Annual returns of the Patna Lunatic Asylum at Bankipore in Bihar and Orissa - 1912-1924
Year: 1912
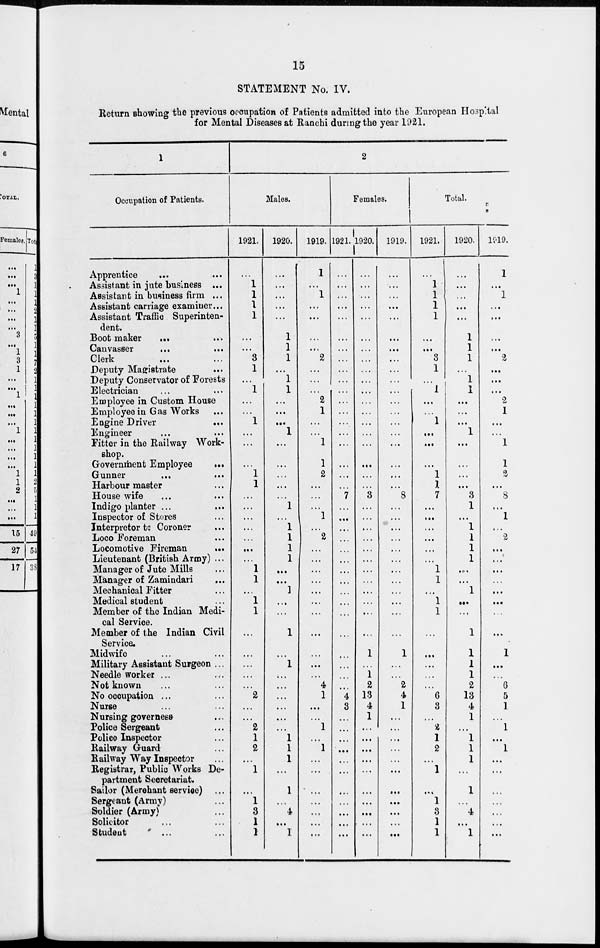
15
STATEMENT No. IV.
Return showing the previous occupation of Patients admitted into the European Hospital
for Mental Diseases at Ranchi during the year 1921.
1
Occupation of Patients.
Apprentice ... ...
Assistant in jute business ...
Assistant in business firm ...
Assistant carriage examiner...
Assistant Traffic Superinten-
dent.
Boot maker ... ...
Canvasser ... ...
Clerk ... ...
Deputy Magistrate ...
Deputy Conservator of Forests
Electrician ... ...
Employee in Custom House
Employee in Gas Works ...
Engine Driver
...
Engineer ... ...
Fitter in the Railway Work-
shop.
Government Employee
...
Gunner ... ...
Harbour master ...
House wife ... ...
Indigo planter ... ...
Inspector of Stores ...
Interpretor to Coroner ...
Loco Foreman ...
Locomotive Fireman
...
Lieutenant (British Army) ...
Manager of Jute Mills ...
Manager of Zamindari ...
Mechanical Fitter ...
Medical student ...
Member of the Indian Medi-
cal Service.
Member of the Indian Civil
Service.
Midwife ... ...
Military Assistant Surgeon ...
Needle worker ... ...
Not known ... ...
No occupation ... ...
Nurse ... ...
Nursing governess ...
Police Sergeant ...
Police Inspector ...
Railway Guard ...
Railway Way Inspector ...
Registrar, Public Works De-
partment Secretariat.
Sailor (Merchant service) ...
Sergeant (Army) ...
Soldier (Army) ...
Solicitor ... ...
Student ... ...
2
Males.
1921.
...
1
1
1
1
...
...
3
1
...
1
...
...
1
...
...
...
1
1
...
...
...
...
...
...
...
1
1
...
1
1
...
...
...
...
...
2
...
...
2
1
2
...
1
...
1
3
1
1
1920.
...
...
...
...
...
1
1
1
...
1
1
...
...
...
1
...
...
...
...
...
1
...
1
1
1
1
...
...
1
...
...
1
...
1
...
...
...
...
...
...
1
1
1
...
1
...
4
...
1
1919.
1
...
1
...
...
...
...
2
...
...
... 2
1
...
...
1
1
2
...
...
...
...
... 2
...
...
...
...
...
...
...
...
...
...
...
4
1
...
...
1
...
1
...
...
...
...
...
...
...
Females.
1921.
...
...
...
...
...
...
...
...
...
...
...
...
...
...
...
...
...
...
...
7
...
...
...
...
...
...
...
...
...
...
...
...
...
...
...
...
4
3
...
...
...
...
...
...
...
...
...
...
...
1920.
...
...
...
...
...
...
...
...
...
...
...
...
. ..
...
...
...
...
...
...
3
...
...
...
...
...
...
...
...
...
...
...
...
1
...
1
2
13
4
1
...
...
...
...
...
...
...
...
...
...
1919.
...
. ..
.. .
...
...
...
...
...
...
...
...
...
. ..
...
...
...
...
...
...
8
...
...
...
...
...
...
...
...
...
...
...
...
1
...
...
2
4
1
...
...
...
...
...
...
...
...
...
...
...
Total.
1921.
...
1
1
1
1
...
...
3
1
...
1
...
...
1
...
...
...
1
1
7
...
...
...
...
...
...
1
1
...
1
1
...
...
...
...
...
6
3
...
2
1
2
...
1
...
1
3
1
1
1920.
...
...
...
...
...
1
1
1
...
1
1
...
...
...
1
...
...
...
...
3
1
...
1
1
1
1
...
...
1
....
...
1
1
1
1
2
13
4
1
...
1
1
1
...
1
...
4
...
1
1919.
1
...
1
...
...
...
...
2
...
...
...
2
1
...
...
1
1
2
...
8
...
1
...
2
...
...
...
...
...
...
...
.. .
1
...
...
6
5
1
...
1
...
1
...
...
...
...
...
...
...